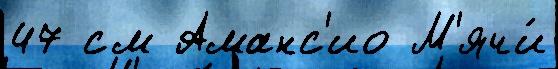
47 см Аманс'ио М'ячи́